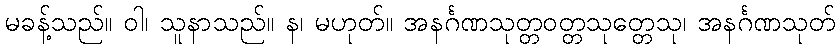
မခန့်သည်။ ဝါ၊ သူနာသည်။ န၊ မဟုတ်။ အနင်္ဂဏသုတ္တဝတ္တသုတ္တေသု၊ အနင်္ဂဏသုတ်